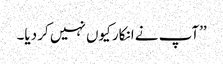
’’آپ نے انکار کیوں نہیں کر دیا۔